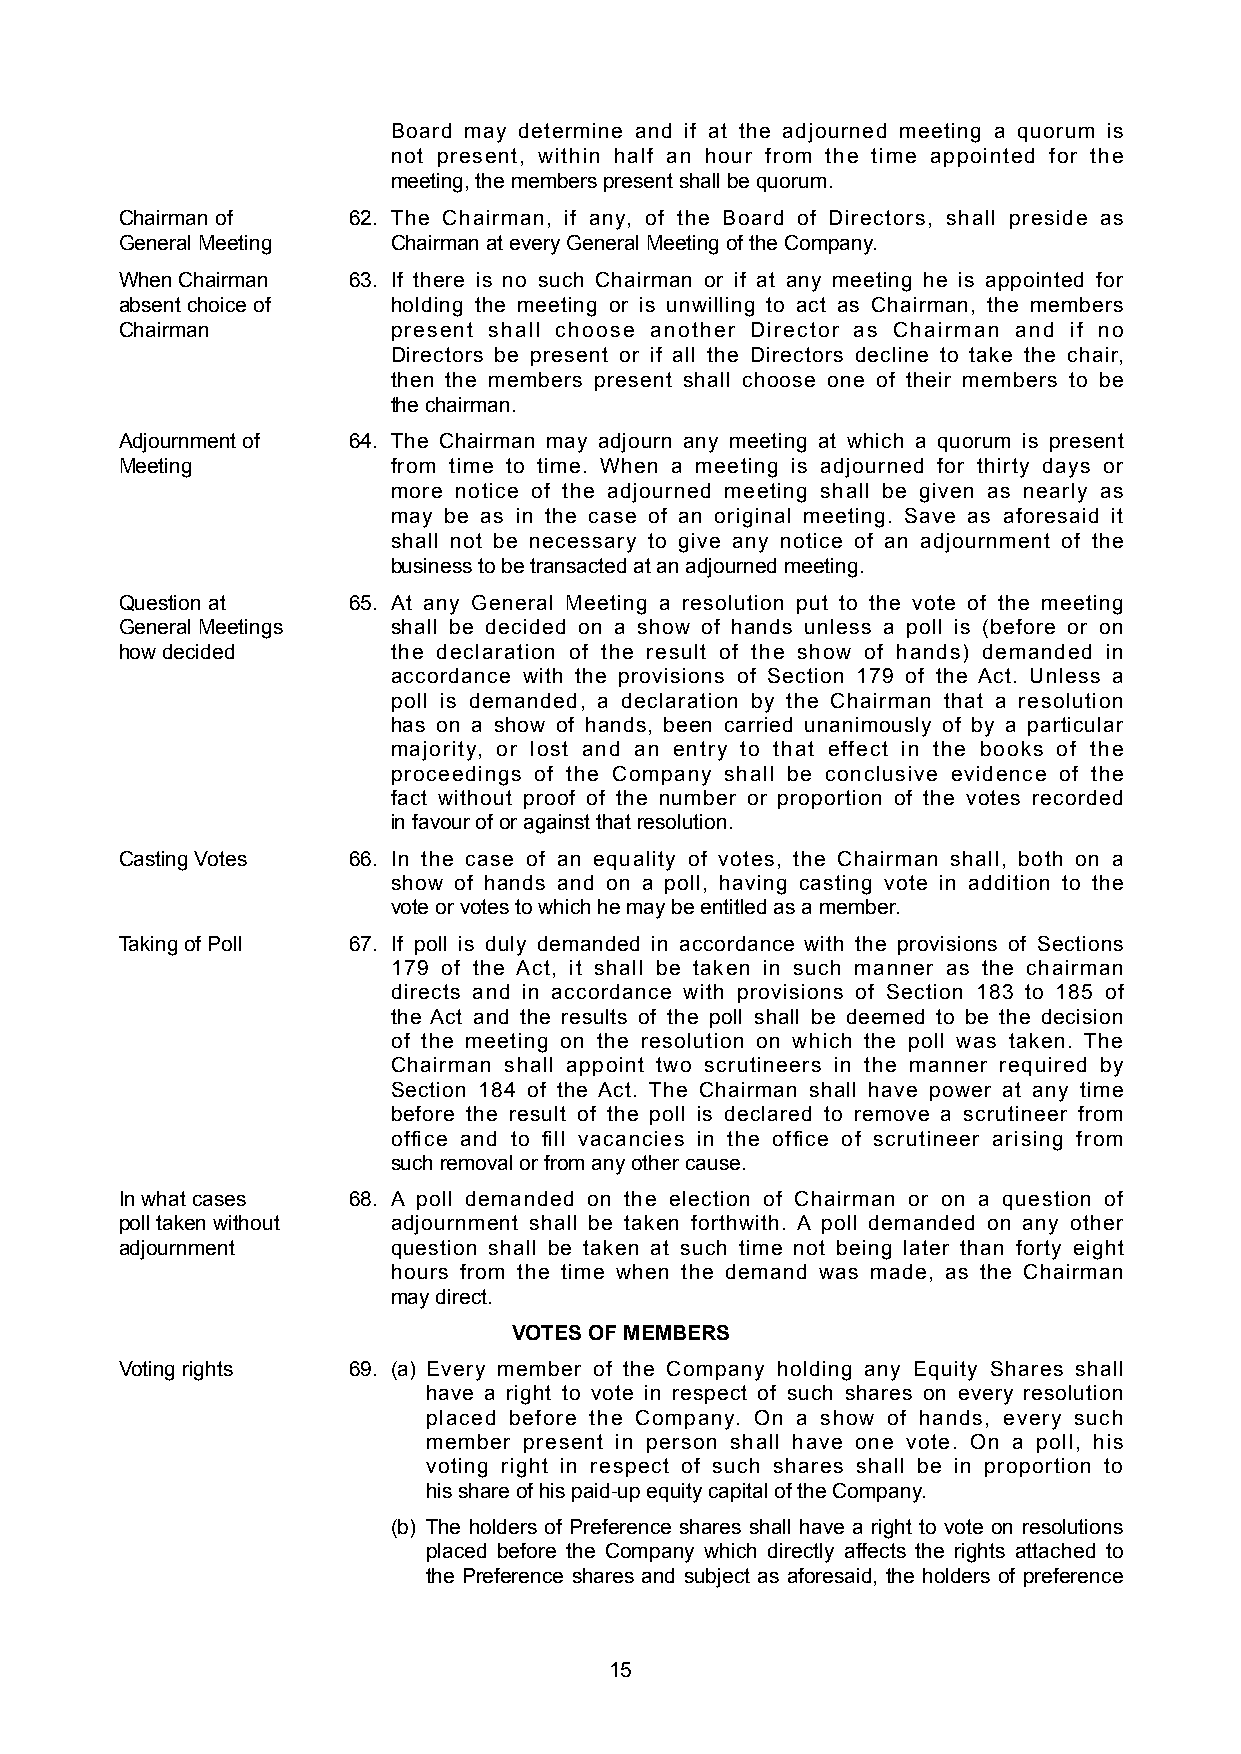
Board may determine and if at the adjourned meeting a quorum is
 not present, within half an hour from the time appointed for the
 meeting, the members present shall be quorum.
 Chairman of    62. The Chairman, if any, of the Board of Directors, shall preside as
 General Meeting   Chairman at every General Meeting of the Company.
 When Chairman  63. If there is no such Chairman or if at any meeting he is appointed for
 absent choice of  holding the meeting or is unwilling to act as Chairman, the members
 Chairman          present shall choose another Director as Chairman and if no
 Directors be present or if all the Directors decline to take the chair,
 then the members present shall choose one of their members to be
 the chairman.
 Adjournment of 64. The Chairman may adjourn any meeting at which a quorum is present
 Meeting           from time to time. When a meeting is adjourned for thirty days or
 more notice of the adjourned meeting shall be given as nearly as
 may be as in the case of an original meeting. Save as aforesaid it
 shall not be necessary to give any notice of an adjournment of the
 business to be transacted at an adjourned meeting.
 Question at    65. At any General Meeting a resolution put to the vote of the meeting
 General Meetings  shall be decided on a show of hands unless a poll is (before or on
 how decided       the declaration of the result of the show of hands) demanded in
 accordance with the provisions of Section 179 of the Act. Unless a
 poll is demanded, a declaration by the Chairman that a resolution
 has on a show of hands, been carried unanimously of by a particular
 majority, or lost and an entry to that effect in the books of the
 proceedings of the Company shall be conclusive evidence of the
 fact without proof of the number or proportion of the votes recorded
 in favour of or against that resolution.
 Casting Votes  66. In the case of an equality of votes, the Chairman shall, both on a
 show of hands and on a poll, having casting vote in addition to the
 vote or votes to which he may be entitled as a member.
 Taking of Poll 67. If poll is duly demanded in accordance with the provisions of Sections
 179 of the Act, it shall be taken in such manner as the chairman
 directs and in accordance with provisions of Section 183 to 185 of
 the Act and the results of the poll shall be deemed to be the decision
 of the meeting on the resolution on which the poll was taken. The
 Chairman shall appoint two scrutineers in the manner required by
 Section 184 of the Act. The Chairman shall have power at any time
 before the result of the poll is declared to remove a scrutineer from
 office and to fill vacancies in the office of scrutineer arising from
 such removal or from any other cause.
 In what cases  68. A poll demanded on the election of Chairman or on a question of
 poll taken without adjournment shall be taken forthwith. A poll demanded on any other
 adjournment       question shall be taken at such time not being later than forty eight
 hours from the time when the demand was made, as the Chairman
 may direct.
 VOTES OF MEMBERS
 Voting rights  69. (a) Every member of the Company holding any Equity Shares shall
 have a right to vote in respect of such shares on every resolution
 placed before the Company. On a show of hands, every such
 member present in person shall have one vote. On a poll, his
 voting right in respect of such shares shall be in proportion to
 his share of his paid-up equity capital of the Company.
 (b) The holders of Preference shares shall have a right to vote on resolutions
 placed before the Company which directly affects the rights attached to
 the Preference shares and subject as aforesaid, the holders of preference
 15